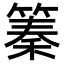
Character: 𥱧